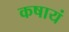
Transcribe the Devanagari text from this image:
कषायं